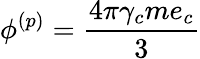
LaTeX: \phi^{(p)}=\frac{4\pi\gamma_{c}me_{c}}{3}